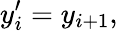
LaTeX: y_{i}^{\prime}=y_{i+1},